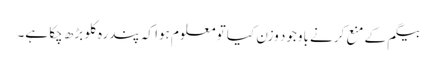
بیگم کے منع کرنے باوجود وزن کیا تو معلوم ہوا کہ پندرہ کلو بڑھ چکا ہے۔